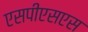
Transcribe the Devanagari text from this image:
एसपीएसएस